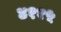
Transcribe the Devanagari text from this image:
४११५